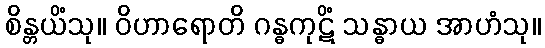
စိန္တယိံသု။ ဝိဟာရောတိ ဂန္ဓကုဋိံ သန္ဓာယ အာဟံသု။